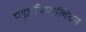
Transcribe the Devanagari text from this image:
पड़ा।पिप्पलिवन